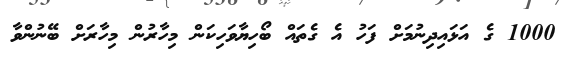
1000 ގެ އަޅައިދިނުމަށް ފަހު އެ ގެތައް ބޯހިޔާވަހިކަން މިހާރުން މިހާރަށް ބޭނުންވާ